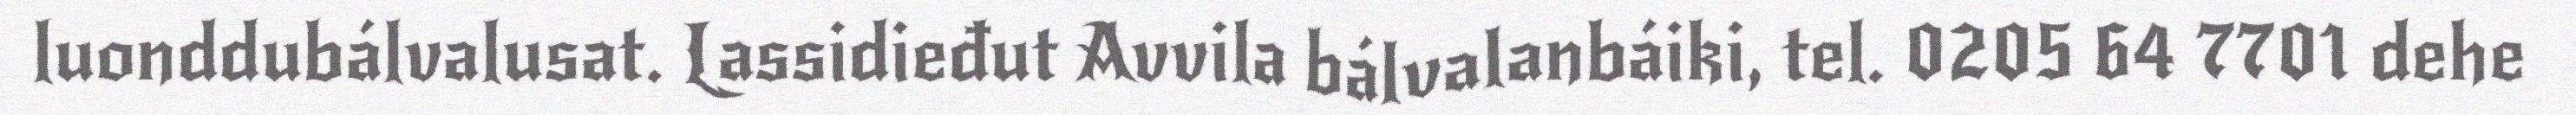
luonddubálvalusat. Lassidieđut Avvila bálvalanbáiki, tel. 0205 64 7701 dehe